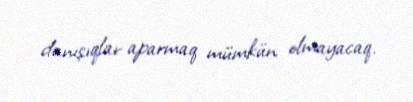
danışıqlar aparmaq mümkün olmayacaq.